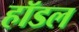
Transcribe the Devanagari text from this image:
हॉडल